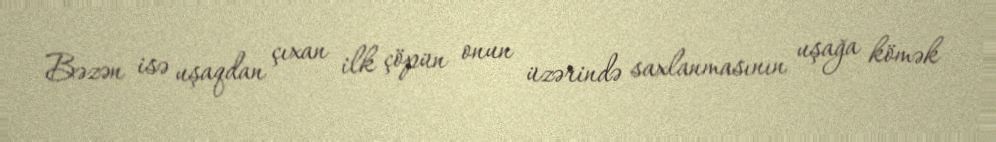
Bəzən isə uşaqdan çıxan ilk çöpün onun üzərində saxlanmasının uşağa kömək